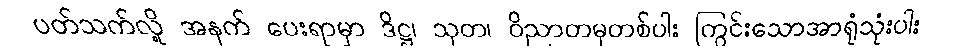
ပတ်သက်လို့ အနက် ပေးရာမှာ ဒိဋ္ဌ၊ သုတ၊ ဝိညာတမှတစ်ပါး ကြွင်းသောအာရုံသုံးပါး